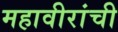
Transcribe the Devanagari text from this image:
महावीरांची